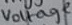
Text: Voltage